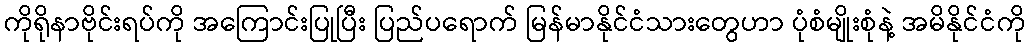
ကိုရိုနာဗိုင်းရပ်ကို အကြောင်းပြုပြီး ပြည်ပရောက် မြန်မာနိုင်ငံသားတွေဟာ ပုံစံမျိုးစုံနဲ့ အမိနိုင်ငံကို